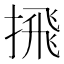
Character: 𪮕